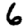
Digit: 6